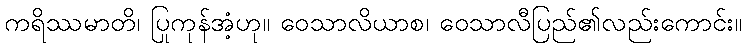
ကရိဿမာတိ၊ ပြုကုန်အံ့ဟု။ ဝေသာလိယာစ၊ ဝေသာလီပြည်၏လည်းကောင်း။